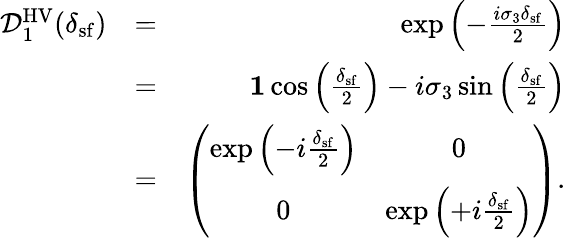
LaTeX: \begin{array}{rlr}{\mathcal{D}_{1}^{\mathrm{HV}}(\delta_{\mathrm{sf}})}&{=}&{\exp\left(-\frac{i\sigma_{3}\delta_{\mathrm{sf}}}{2}\right)}\\ &{=}&{{\mathbf 1}\cos\left(\frac{\delta_{\mathrm{sf}}}{2}\right)-i\sigma_{3}\sin\left(\frac{\delta_{\mathrm{sf}}}{2}\right)}\\ &{=}&{\left(\begin{array}{cc}{\exp\left(-i\frac{\delta_{\mathrm{sf}}}{2}\right)}&{0}\\ {0}&{\exp\left(+i\frac{\delta_{\mathrm{sf}}}{2}\right)}\end{array}\right).}\end{array}